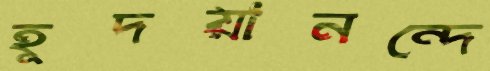
হূদয়ানন্দে